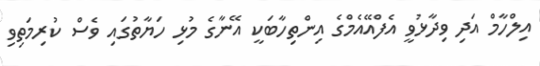
އިލްހާމް އަދި ވިދާޅުވީ އެފްއޭއެމްގެ އިންތިހާބަކީ އޭނާގެ މުޅި ހަޔާތުގައި ވެސް ކުރިމަތިވި